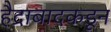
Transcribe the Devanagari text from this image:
हैद्राबादकडून